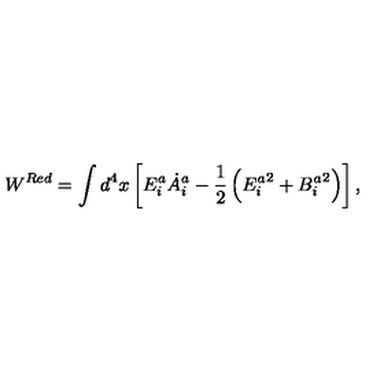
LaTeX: W ^ { R e d } = \int d ^ { 4 } x \left[ E _ { i } ^ { a } { \dot { A } } _ { i } ^ { a } - \frac { 1 } { 2 } \left( { E _ { i } ^ { a } } ^ { 2 } + { B _ { i } ^ { a } } ^ { 2 } \right) \right] ,